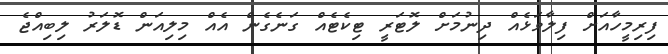
ފިރިމީހާއަށް ފިލާވަޅެއް ދިނުމަށް ލޮޓަރީ ޓިކެޓެއް ގަނެގެން އެއް މިލިއަން ޑޮލަރު ލިބިއްޖެ